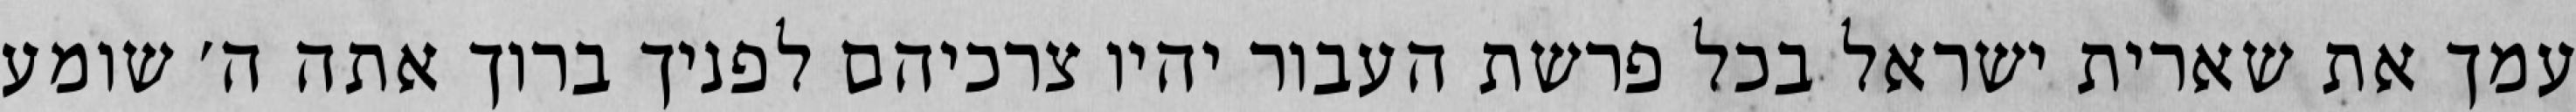
עמך את שארית ישראל בכל פרשת העבור יהיו צרכיהם לפניך ברוך אתה ה׳ שומע